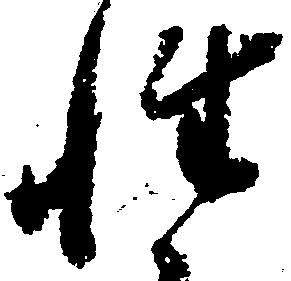
性